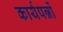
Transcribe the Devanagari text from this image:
कार्यपन्नों